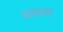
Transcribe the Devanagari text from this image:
वाचवावा